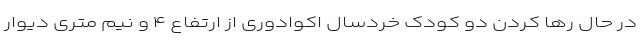
در حال رها کردن دو کودک خردسال اکوادوری از ارتفاع ۴ و نیم متری دیوار